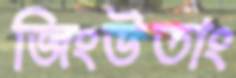
জিংউতাং